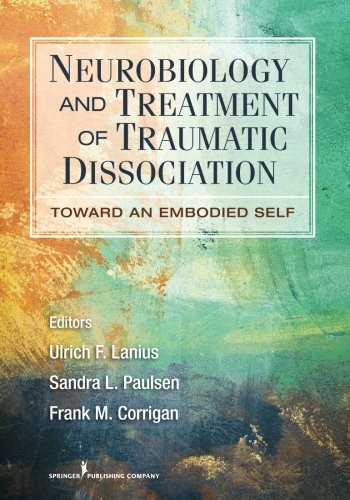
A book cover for Neurobiology and Treatment of Traumatic Dissociation: Towards an Embodied Self; Ulrich F. Lanius PhD; Medical Books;